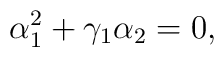
\alpha_{1}^{2}+\gamma_{1}\alpha_{2}=0,